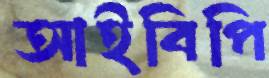
আইবিপি